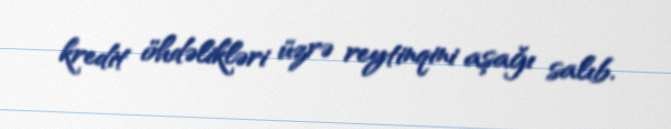
kredit öhdəlikləri üzrə reytinqini aşağı salıb.